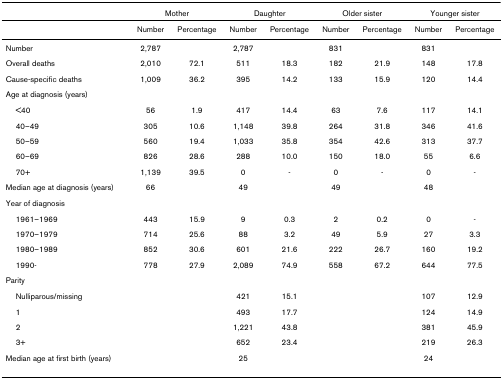
<table><thead><tr><td></td><td colspan="2"><b>Mother</b></td><td colspan="2"><b>Daughter</b></td><td colspan="2"><b>Older sister</b></td><td colspan="2"><b>Younger sister</b></td></tr></thead><tbody><tr><td></td><td>Number</td><td>Percentage</td><td>Number</td><td>Percentage</td><td>Number</td><td>Percentage</td><td>Number</td><td>Percentage</td></tr><tr><td>Number</td><td>2,787</td><td></td><td>2,787</td><td></td><td>831</td><td></td><td>831</td><td></td></tr><tr><td>Overall deaths</td><td>2,010</td><td>72.1</td><td>511</td><td>18.3</td><td>182</td><td>21.9</td><td>148</td><td>17.8</td></tr><tr><td>Cause-specific deaths</td><td>1,009</td><td>36.2</td><td>395</td><td>14.2</td><td>133</td><td>15.9</td><td>120</td><td>14.4</td></tr><tr><td>Age at diagnosis (years)</td><td></td><td></td><td></td><td></td><td></td><td></td><td></td><td></td></tr><tr><td> &lt;40</td><td>56</td><td>1.9</td><td>417</td><td>14.4</td><td>63</td><td>7.6</td><td>117</td><td>14.1</td></tr><tr><td> 40–49</td><td>305</td><td>10.6</td><td>1,148</td><td>39.8</td><td>264</td><td>31.8</td><td>346</td><td>41.6</td></tr><tr><td> 50–59</td><td>560</td><td>19.4</td><td>1,033</td><td>35.8</td><td>354</td><td>42.6</td><td>313</td><td>37.7</td></tr><tr><td> 60–69</td><td>826</td><td>28.6</td><td>288</td><td>10.0</td><td>150</td><td>18.0</td><td>55</td><td>6.6</td></tr><tr><td> 70+</td><td>1,139</td><td>39.5</td><td>0</td><td>-</td><td>0</td><td>-</td><td>0</td><td>-</td></tr><tr><td>Median age at diagnosis (years)</td><td>66</td><td></td><td>49</td><td></td><td>49</td><td></td><td>48</td><td></td></tr><tr><td>Year of diagnosis</td><td></td><td></td><td></td><td></td><td></td><td></td><td></td><td></td></tr><tr><td> 1961–1969</td><td>443</td><td>15.9</td><td>9</td><td>0.3</td><td>2</td><td>0.2</td><td>0</td><td>-</td></tr><tr><td> 1970–1979</td><td>714</td><td>25.6</td><td>88</td><td>3.2</td><td>49</td><td>5.9</td><td>27</td><td>3.3</td></tr><tr><td> 1980–1989</td><td>852</td><td>30.6</td><td>601</td><td>21.6</td><td>222</td><td>26.7</td><td>160</td><td>19.2</td></tr><tr><td> 1990-</td><td>778</td><td>27.9</td><td>2,089</td><td>74.9</td><td>558</td><td>67.2</td><td>644</td><td>77.5</td></tr><tr><td>Parity</td><td></td><td></td><td></td><td></td><td></td><td></td><td></td><td></td></tr><tr><td> Nulliparous/missing</td><td></td><td></td><td>421</td><td>15.1</td><td></td><td></td><td>107</td><td>12.9</td></tr><tr><td> 1</td><td></td><td></td><td>493</td><td>17.7</td><td></td><td></td><td>124</td><td>14.9</td></tr><tr><td> 2</td><td></td><td></td><td>1,221</td><td>43.8</td><td></td><td></td><td>381</td><td>45.9</td></tr><tr><td> 3+</td><td></td><td></td><td>652</td><td>23.4</td><td></td><td></td><td>219</td><td>26.3</td></tr><tr><td>Median age at first birth (years)</td><td></td><td></td><td>25</td><td></td><td></td><td></td><td>24</td><td></td></tr></tbody></table>